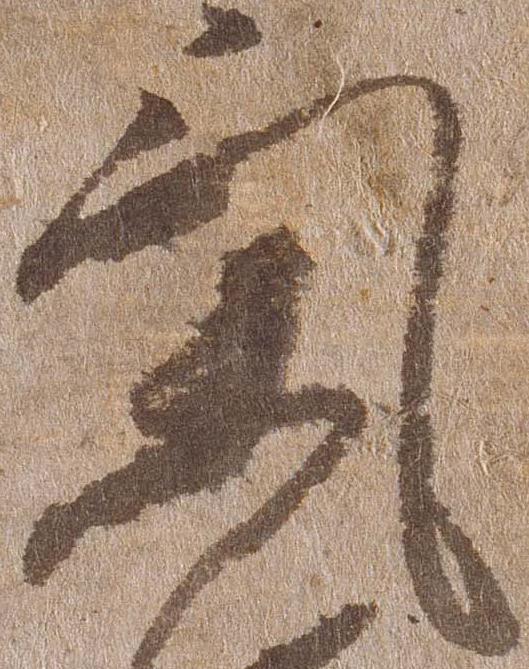
気